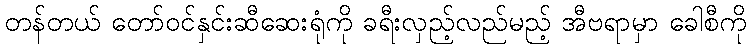
တန်တယ် တော်ဝင်နှင်းဆီဆေးရုံကို ခရီးလှည့်လည်မည့် အီဗရာမှာ ခေါစီကို